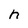
Character: n